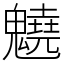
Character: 䰫